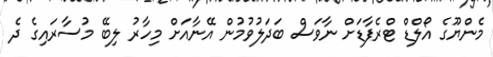
މެންޔޫގެ އޯލްޑް ޓްރެފާޑަށް ނާވަސް ބަދަލުވުމުން އޭނާއަށް މިހާރު ލިބޭ މުސާރައިގެ ދެ